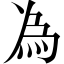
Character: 為